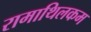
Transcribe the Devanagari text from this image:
रामाथिलकम